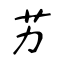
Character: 艻